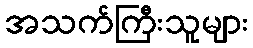
အသက်ကြီးသူများ